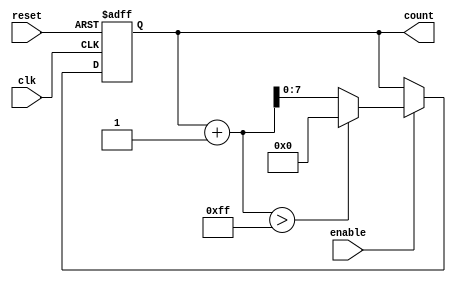
module IncrementalCounter #(
    parameter INITIAL_VALUE = 0,  // Initial count value
    parameter STEP_SIZE = 1,       // Increment step size
    parameter MAX_COUNT = 255       // Maximum count value (8-bit counter)
)(
    input wire clk,                // Clock input
    input wire reset,              // Asynchronous reset
    input wire enable,             // Enable signal
    output reg [7:0] count         // Current count value (8-bit output)
);

    // Always block for counter operation
    always @(posedge clk or posedge reset) begin
        if (reset) begin
            count <= INITIAL_VALUE; // Reset to initial value
        end else if (enable) begin
            if (count + STEP_SIZE > MAX_COUNT) begin
                count <= 0;          // Wrap around to zero if max count exceeded
            end else begin
                count <= count + STEP_SIZE; // Increment count
            end
        end
    end

endmodule